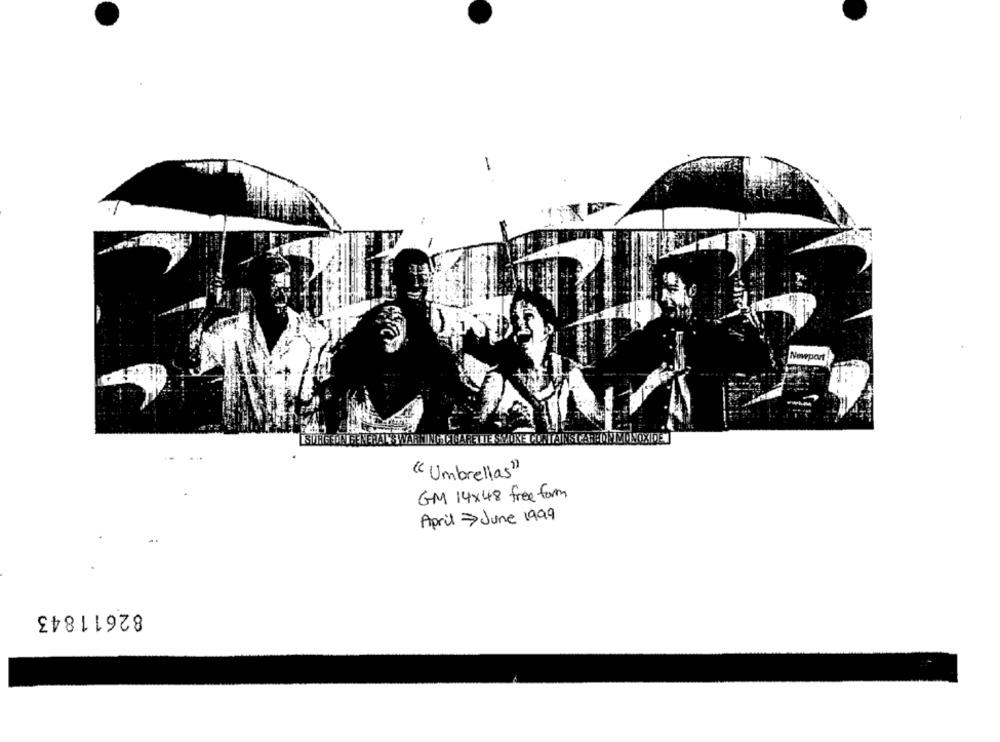
LSURGEON GENERAL'S WARNING CIGARETTE SHORE CONTAINSCAR ONIMONOXIDE
"Umbrellas")
GM 14x48 free form
April June 1999
82611843